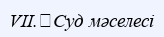
VII.	Суд мәселесі